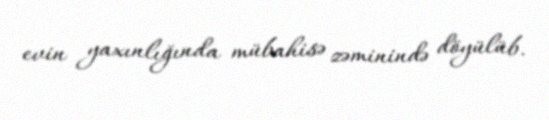
evin yaxınlığında mübahisə zəminində döyülüb.